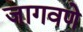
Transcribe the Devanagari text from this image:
जागवणे